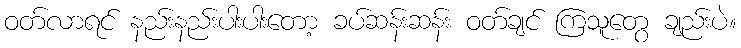
ဝတ်လာရင် နည်းနည်းပါးပါးတော့ ခပ်ဆန်းဆန်း ဝတ်ချင် ကြသူတွေ ချည်းပဲ။